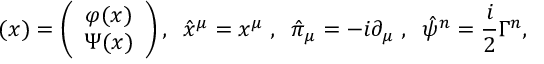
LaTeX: { \bf \Psi } ( x ) = \left( \begin{array} { c } { { \varphi ( x ) } } \\ { { \Psi ( x ) } } \end{array} \right) , \; \; \hat { x } ^ { \mu } = x ^ { \mu } \; , \; \; \hat { \pi } _ { \mu } = - i \partial _ { \mu } \; , \; \; \hat { \psi } ^ { n } = \frac { i } { 2 } \Gamma ^ { n } ,